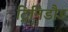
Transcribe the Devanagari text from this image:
ट्रिनिडौड